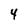
Character: 4